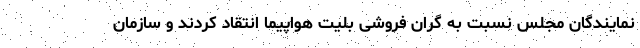
نمایندگان مجلس نسبت به گران فروشی بلیت هواپیما انتقاد کردند و سازمان